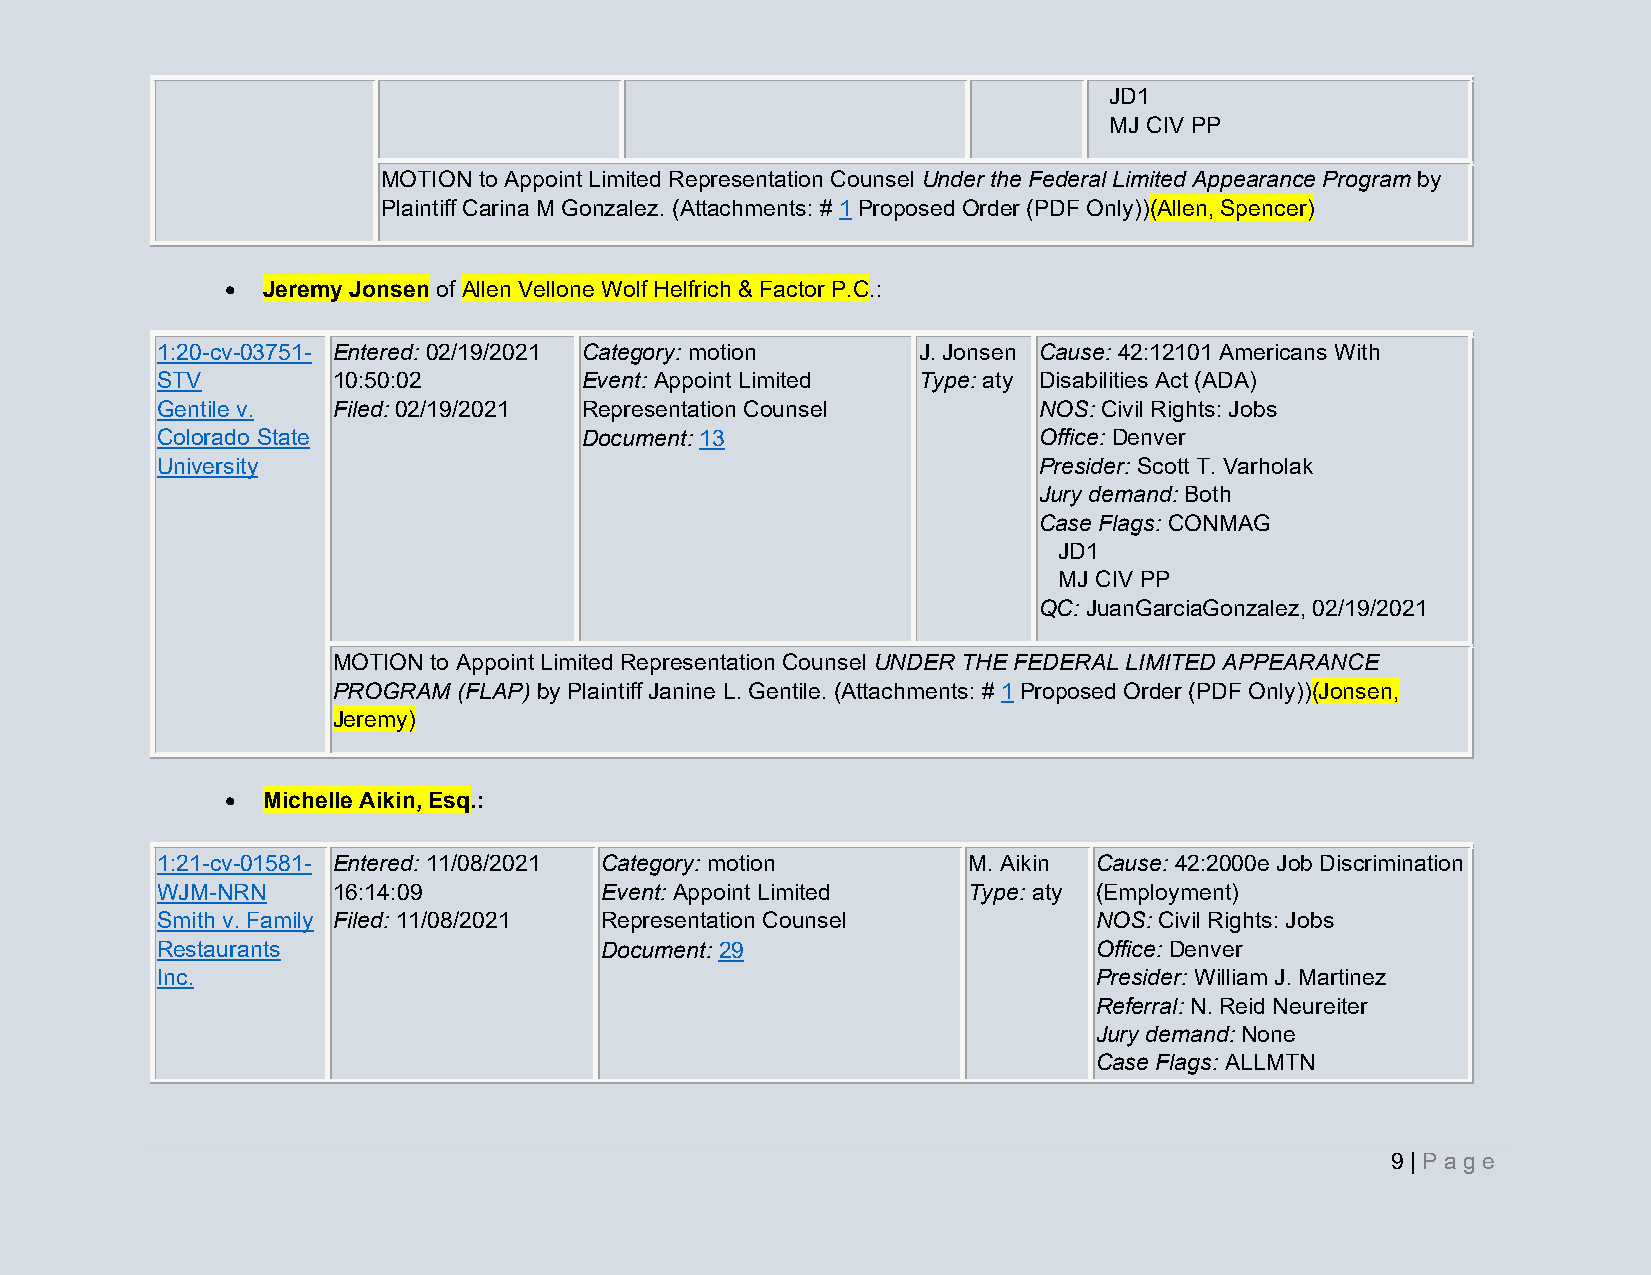
JD1
 MJ CIV PP
 MOTION to Appoint Limited Representation Counsel Under the Federal Limited Appearance Program by
 Plaintiff Carina M Gonzalez. (Attachments: # 1 Proposed Order (PDF Only))(Allen, Spencer)
 • Jeremy Jonsen of Allen Vellone Wolf Helfrich & Factor P.C.:
 1:20-cv-03751- Entered: 02/19/2021 Category: motion J. Jonsen Cause: 42:12101 Americans With
 STV         10:50:02         Event: Appoint Limited Type: aty Disabilities Act (ADA)
 Gentile v.  Filed: 02/19/2021 Representation Counsel       NOS: Civil Rights: Jobs
 Colorado State               Document: 13                  Office: Denver
 University                                                 Presider: Scott T. Varholak
 Jury demand: Both
 Case Flags: CONMAG
 JD1
 MJ CIV PP
 QC: JuanGarciaGonzalez, 02/19/2021
 MOTION to Appoint Limited Representation Counsel UNDER THE FEDERAL LIMITED APPEARANCE
 PROGRAM (FLAP) by Plaintiff Janine L. Gentile. (Attachments: # 1 Proposed Order (PDF Only))(Jonsen,
 Jeremy)
 • Michelle Aikin, Esq.:
 1:21-cv-01581- Entered: 11/08/2021 Category: motion   M. Aikin Cause: 42:2000e Job Discrimination
 WJM-NRN     16:14:09          Event: Appoint Limited  Type: aty (Employment)
 Smith v. Family Filed: 11/08/2021 Representation Counsel       NOS: Civil Rights: Jobs
 Restaurants                   Document: 29                     Office: Denver
 Inc.                                                           Presider: William J. Martinez
 Referral: N. Reid Neureiter
 Jury demand: None
 Case Flags: ALLMTN
 9 | Pa g e